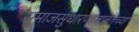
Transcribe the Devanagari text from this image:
समाजसुधारणांबाबतच्या